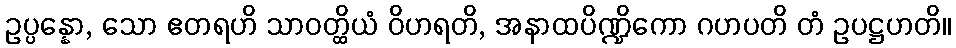
ဥပ္ပန္နော, သော ဧတရဟိ သာဝတ္ထိယံ ဝိဟရတိ, အနာထပိဏ္ဍိကော ဂဟပတိ တံ ဥပဋ္ဌဟတိ။